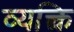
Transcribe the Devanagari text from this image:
व्यक्त्वि